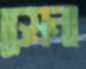
ঢেমনা